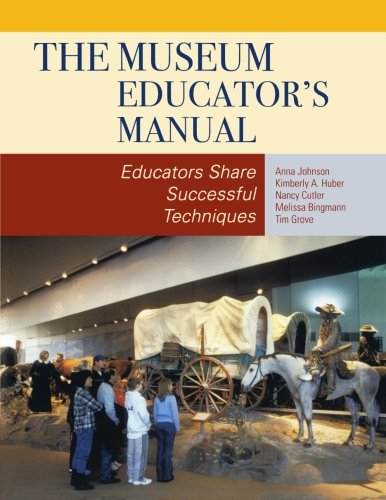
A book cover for The Museum Educator's Manual: Educators Share Successful Techniques (American Association for State and Local History); Anna Johnson; Business & Money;